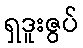
ရှဒူးဇွပ်